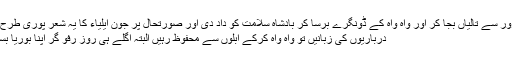
درباریوں نے زور زور سے تالیاں بجا کر اور واہ واہ کے ڈونگرے برسا کر بادشاہ سلامت کو داد دی اور صورتحال پر جون ایلیاء کا یہ شعر پوری طرح صادق آتا نظر آیا کہ
درباریوں کی زبانیں تو واہ واہ کرکے آبلوں سے محفوظ رہیں البتہ اگلے ہی روز رفو گر اپنا بوریا بستر اٹھا کر جانے لگا۔